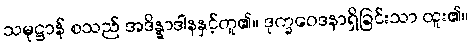
သမုဋ္ဌာန် စသည် အဒိန္နာဒါနနှင့်တူ၏။ ဒုက္ခဝေဒနာရှိခြင်းသာ ထူး၏။